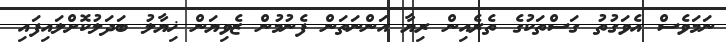
ނަމަވެސް އެވަގުތު ގަސްތަކުގެ ތެރެއިން ރިޔާ އަންނަތަން ފެނުމުން ޒެވިޔަން ޚިޔާލު ބަދަލުކޮށްލައިފައި